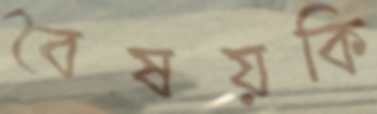
বৈষয়কি